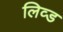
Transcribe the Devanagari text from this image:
लिव्ड